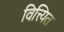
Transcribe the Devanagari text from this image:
वित्त्यित